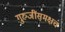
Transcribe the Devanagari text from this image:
गुरुजींसमक्षच